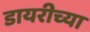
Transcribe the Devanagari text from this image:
डायरीच्या